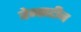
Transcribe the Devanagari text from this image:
वेन्सटीन